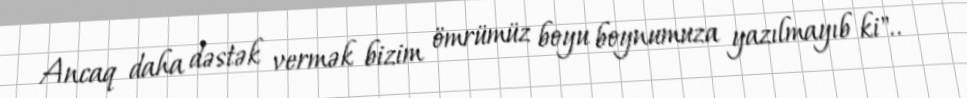
Ancaq daha dəstək vermək bizim ömrümüz boyu boynumuza yazılmayıb ki"..